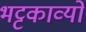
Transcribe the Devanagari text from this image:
भट्टकाव्यों